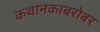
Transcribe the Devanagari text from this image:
कथानकाबरोबर